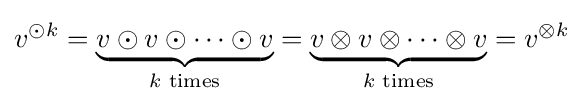
v^{\odot k}=\underbrace {v\odot v\odot \cdots \odot v} _{k{\text{ times}}}=\underbrace {v\otimes v\otimes \cdots \otimes v} _{k{\text{ times}}}=v^{\otimes k}